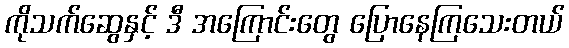
ကိုသက်ဆွေနှင့် ဒီ အကြောင်းတွေ ပြောနေကြသေးတယ်